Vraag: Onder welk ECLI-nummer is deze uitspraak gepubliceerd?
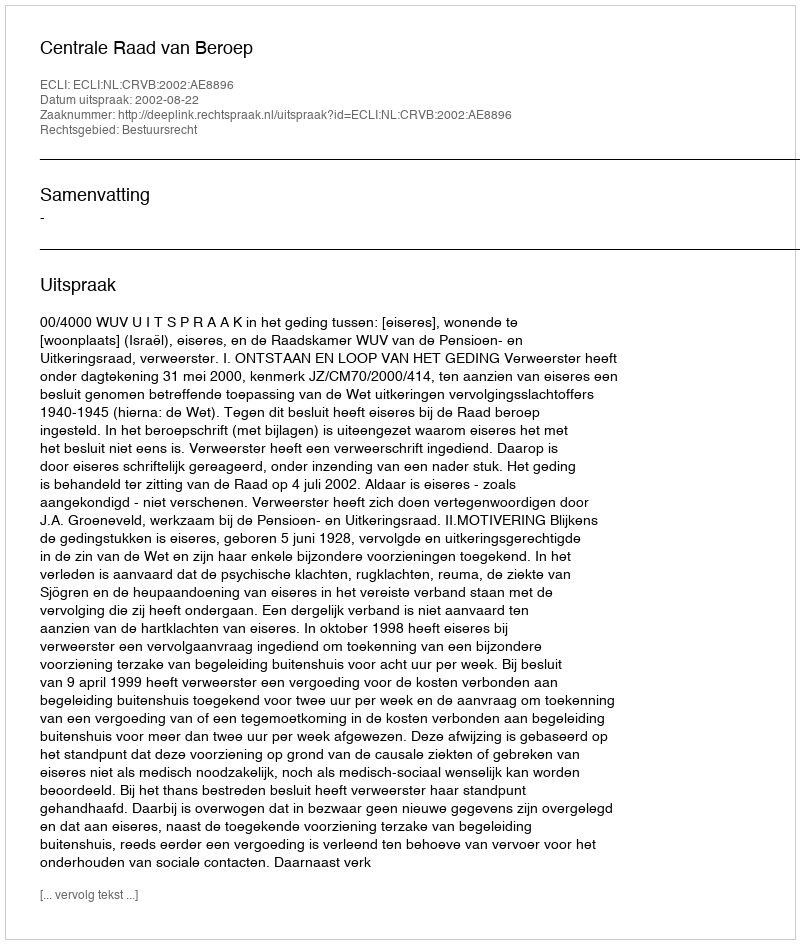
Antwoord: ECLI:NL:CRVB:2002:AE8896